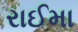
રાઈમા